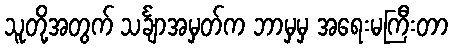
သူတို့အတွက် သင်္ချာအမှတ်က ဘာမှမှ အရေးမကြီးတာ